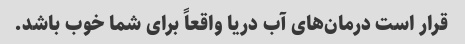
قرار است درمان‌های آب دریا واقعاً برای شما خوب باشد.